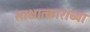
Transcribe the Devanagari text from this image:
साक्षात्काराच्या